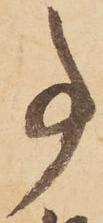
事